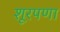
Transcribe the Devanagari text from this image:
शूरपणा